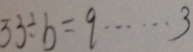
3 3 \div b = q \cdots 3